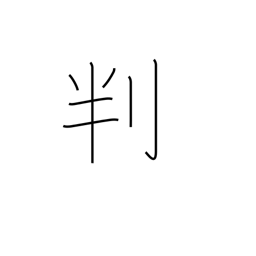
Meaning: signature